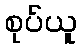
စုပ်ယူ